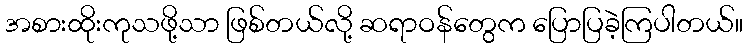
အစားထိုးကုသဖို့သာ ဖြစ်တယ်လို့ ဆရာဝန်တွေက ပြောပြခဲ့ကြပါတယ်။